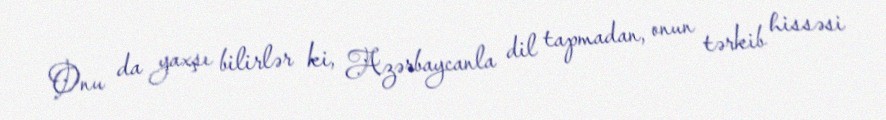
Onu da yaxşı bilirlər ki, Azərbaycanla dil tapmadan, onun tərkib hissəsi